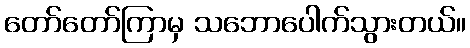
တော်တော်ကြာမှ သဘောပေါက်သွားတယ်။